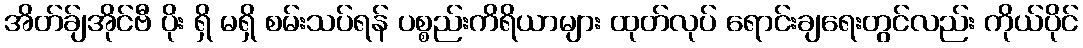
အိတ်ခ်ျအိုင်ဗီ ပိုး ရှိ မရှိ စမ်းသပ်ရန် ပစ္စည်းကိရိယာများ ထုတ်လုပ် ရောင်းချရေးတွင်လည်း ကိုယ်ပိုင်